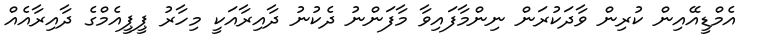
އެމްޑީއޭއިން ކުރިން ވާދަކުރަން ނިންމާފައިވާ މާފަންނު ދެކުނު ދާއިރާއަކީ މިހާރު ޕީޕީއެމްގެ ދާއިރާއެއް